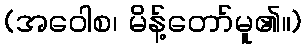
(အဝေါစ၊ မိန့်တော်မူ၏။)